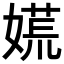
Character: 𡡄